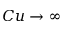
C u \to \infty